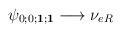
LaTeX: \begin{align*}\psi_{0;0;{\mathbf 1};{\mathbf 1}} \longrightarrow \nu_{eR}\hskip6.0cm\end{align*}